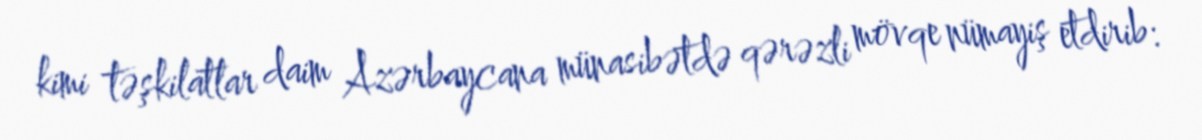
kimi təşkilatlar daim Azərbaycana münasibətdə qərəzli mövqe nümayiş etdirib: